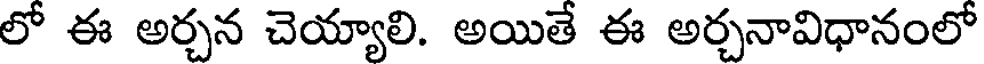
లో ఈ అర్చన చెయ్యాలి. అయితే ఈ అర్చనావిధానంలో